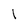
Character: 1